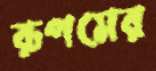
রূপমের